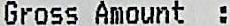
GROSS AMOUNT: